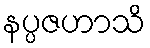
နပ္ပဇဟာသိ